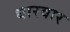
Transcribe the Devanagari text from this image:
धारवार